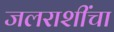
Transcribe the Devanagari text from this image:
जलराशींचा